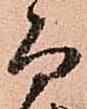
而